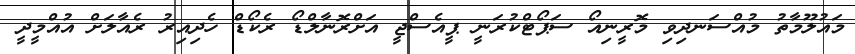
މައުލޫމާތު މުއްސަނދިވި މޮރީނިއޯ ސަޕޯޓްކުރަނީ ޕީއެސްޖީ އަށްރޮނާލްޑޯ ރެކޯޑް ހެދިއިރު ރެއާލަށް އުއްމީދީ